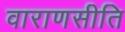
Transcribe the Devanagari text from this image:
वाराणसीति